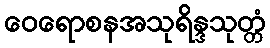
ဝေရောစနအသုရိန္ဒသုတ္တံ